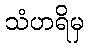
သံဟရိမှ